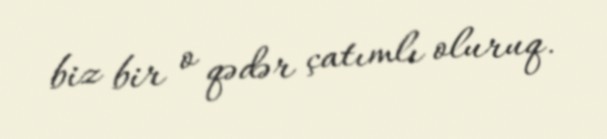
biz bir o qədər çatımlı oluruq.